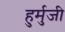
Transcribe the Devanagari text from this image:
हुर्मुजी